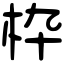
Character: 枠